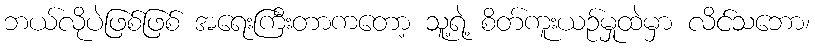
ဘယ်လိုပဲဖြစ်ဖြစ် အရေးကြီးတာကတော့ သူ့ရဲ့ စိတ်ကူးယဉ်မှုထဲမှာ လိင်သဘော၊